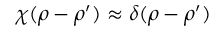
\chi ( \boldsymbol { \rho } - \boldsymbol { \rho } ^ { \prime } ) \approx \delta ( \boldsymbol { \rho } - \boldsymbol { \rho } ^ { \prime } )